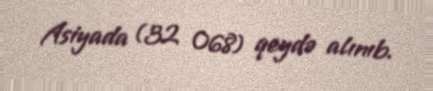
Asiyada (32 068) qeydə alınıb.